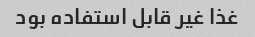
غذا غیر قابل استفاده بود